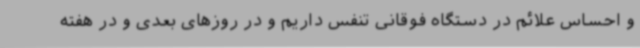
و احساس علائم در دستگاه فوقانی تنفس داریم و در روزهای بعدی و در هفته